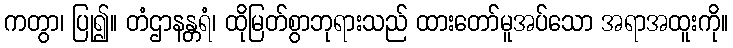
ကတွာ၊ ပြု၍။ တံဌာနန္တရံ၊ ထိုမြတ်စွာဘုရားသည် ထားတော်မူအပ်သော အရာအထူးကို။